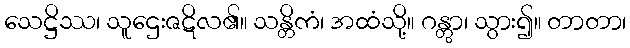
သေဋ္ဌိဿ၊ သူဌေးဇဋိလ၏။ သန္တိကံ၊ အထံသို့။ ဂန္တွာ၊ သွား၍။ တာတာ၊